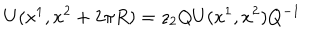
U ( x ^ { 1 } , x ^ { 2 } + 2 \pi R ) = z _ { 2 } Q U ( x ^ { 1 } , x ^ { 2 } ) Q ^ { - 1 }